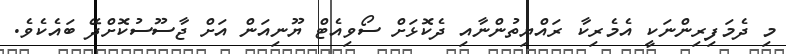
މި ދެމަފިރިންނަކީ އެމެރިކާ ރައްޔިތުންނާއި ދެކޮޅަށް ސޯވިއެޓް ޔޫނިއަން އަށް ޖާސޫސުކޮށްދޭ ބައެކެވެ.